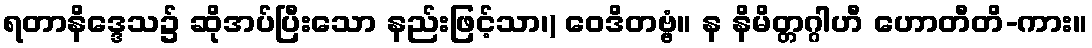
ရတာနိဒ္ဒေသ၌ ဆိုအပ်ပြီးသော နည်းဖြင့်သာ၊) ဝေဒိတဗ္ဗံ။ န နိမိတ္တဂ္ဂါဟီ ဟောတီတိ-ကား။